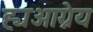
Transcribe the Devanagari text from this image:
ह्यआग्नेय